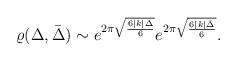
LaTeX: \begin{align*} \varrho(\Delta,\bar{\Delta})\sim e^{2\pi\sqrt{6|k|\Delta\over 6}}e^{2\pi\sqrt{6|k|\bar{\Delta}\over 6}}.\end{align*}